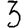
Digit: 3